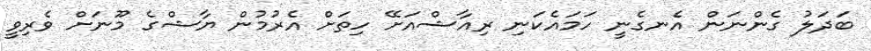
ބަދަލު ގެންނަން އެނގެނީ ހަމައެކަނި ރިއާޝްއަށޭ ހިތަށް އެރުމުން ޔާޝްގެ މޫނަށް ވެރިވީ